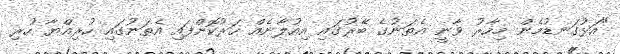
"އަޅުގަނޑުމެން މިހާރު ވާނީ އެތަނުގެ ބޭރުގައި އިއުލާނެއް ހަރުކޮށްފައި އެތަނުގައި ހުރިއްޔާ ހުރި